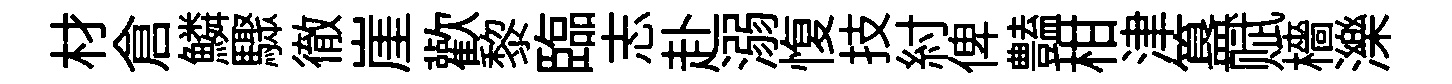
材倉鱗驟徹崖歡黎臨志赴溺愎技紂俾𧰟柑津簋赋檣濼